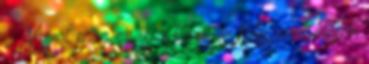
? Mivel még én is a tanulási folyamat elején